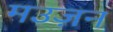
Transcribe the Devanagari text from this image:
मउज़न